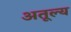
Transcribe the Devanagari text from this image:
अतूल्य